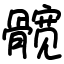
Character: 髋